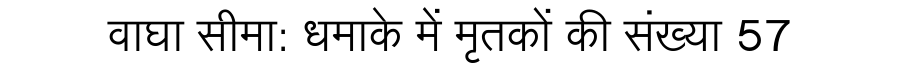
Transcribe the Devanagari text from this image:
वाघा सीमा: धमाके में मृतकों की संख्या 57